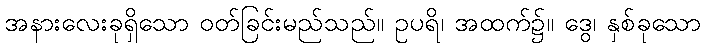
အနားလေးခုရှိသော ဝတ်ခြင်းမည်သည်။ ဥပရိ၊ အထက်၌။ ဒွေ၊ နှစ်ခုသော